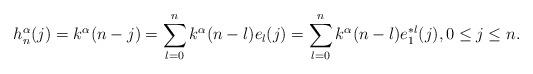
LaTeX: \begin{align*}h_n^{\alpha}(j)=k^{\alpha}(n-j)=\sum_{l=0}^nk^\alpha (n-l)e_l(j)=\sum_{l=0}^nk^\alpha (n-l)e_1^{\ast l}(j), 0\le j\le n.\end{align*}